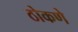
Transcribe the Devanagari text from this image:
ठोकणे